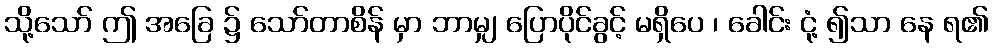
သို့သော် ဤ အခြေ ၌ သော်တာစိန် မှာ ဘာမျှ ပြောပိုင်ခွင့် မရှိပေ ၊ ခေါင်း ငုံ့ ၍သာ နေ ရ၏